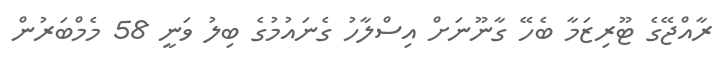
ރާއްޖޭގެ ޓޫރިޒަމާ ބެހޭ ގާނޫނަށް އިސްލާހު ގެނައުމުގެ ބިލު ވަނީ 58 މެމްބަރުން